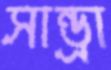
সান্ড্রা